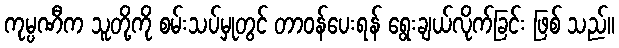
ကုမ္ပဏီက သူတို့ကို စမ်းသပ်မှုတွင် တာဝန်ပေးရန် ရွေးချယ်လိုက်ခြင်း ဖြစ် သည်။